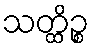
သတ္ထိဉ္စ